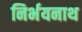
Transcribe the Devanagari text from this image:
निर्भयनाथ